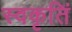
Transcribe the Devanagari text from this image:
स्वकृतिं